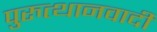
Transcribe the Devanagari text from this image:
पुरुत्थानवादी